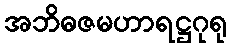
အဘိဓဇမဟာရဋ္ဌဂုရု